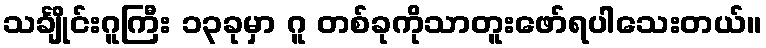
သင်္ချိုင်းဂူကြီး ၁၃ခုမှာ ဂူ တစ်ခုကိုသာတူးဖော်ရပါသေးတယ်။